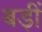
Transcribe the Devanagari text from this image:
बड़ीं